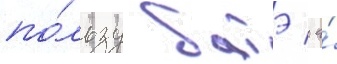
по́льзу батэ / а́